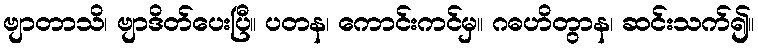
ဗျာတာသိ၊ ဗျာဒိတ်ပေးပြီ။ ပတန၊ ကောင်းကင်မှ။ ဂဓဟိတွာန၊ ဆင်းသက်၍။